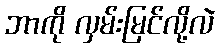
ဘာကို လှမ်းမြင်လို့လဲ